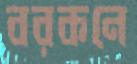
বরকনে